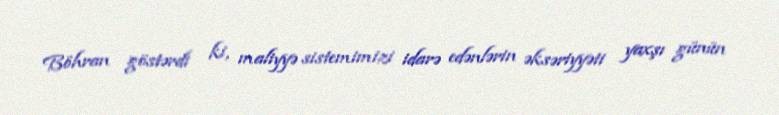
Böhran göstərdi ki, maliyyə sistemimizi idarə edənlərin əksəriyyəti yaxşı günün